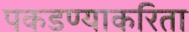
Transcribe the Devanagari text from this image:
पकडण्याकरिता